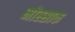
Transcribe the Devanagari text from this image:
मोस्साक